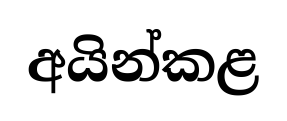
අයින්කළ